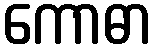
ကောဓာ